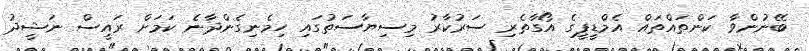
ބޭނުންވާ ކަންތައްތައް އެމްޑީޕީގެ އޯގާތެރި ސަރުކާރު މިސިޔާސަތުގައި ހިމެނިގެންދާނެ ކަމަށް ރައީސް ނަޝީދު